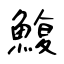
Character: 鰒